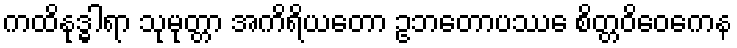
ကထိနုဒ္ဓါရာ သုမုတ္တာ အကိရိယတော ဥဘတောပဿေ စိတ္တဝိဝေကေန